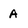
Character: A